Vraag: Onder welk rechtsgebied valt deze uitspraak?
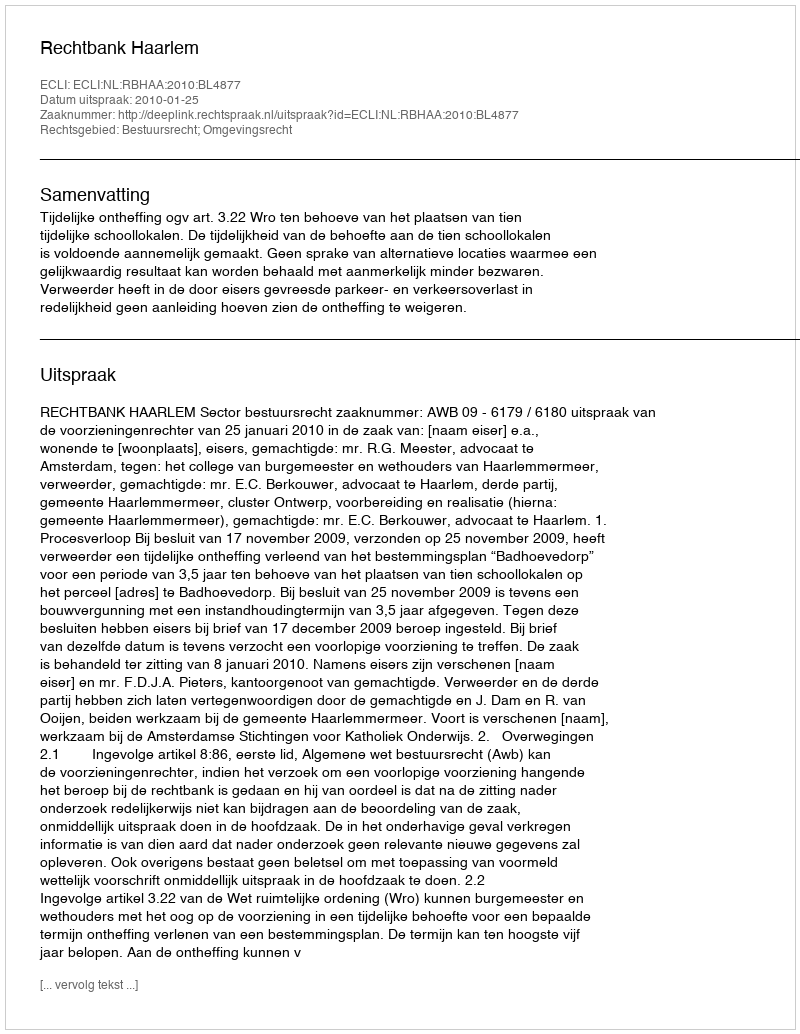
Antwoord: Bestuursrecht; Omgevingsrecht